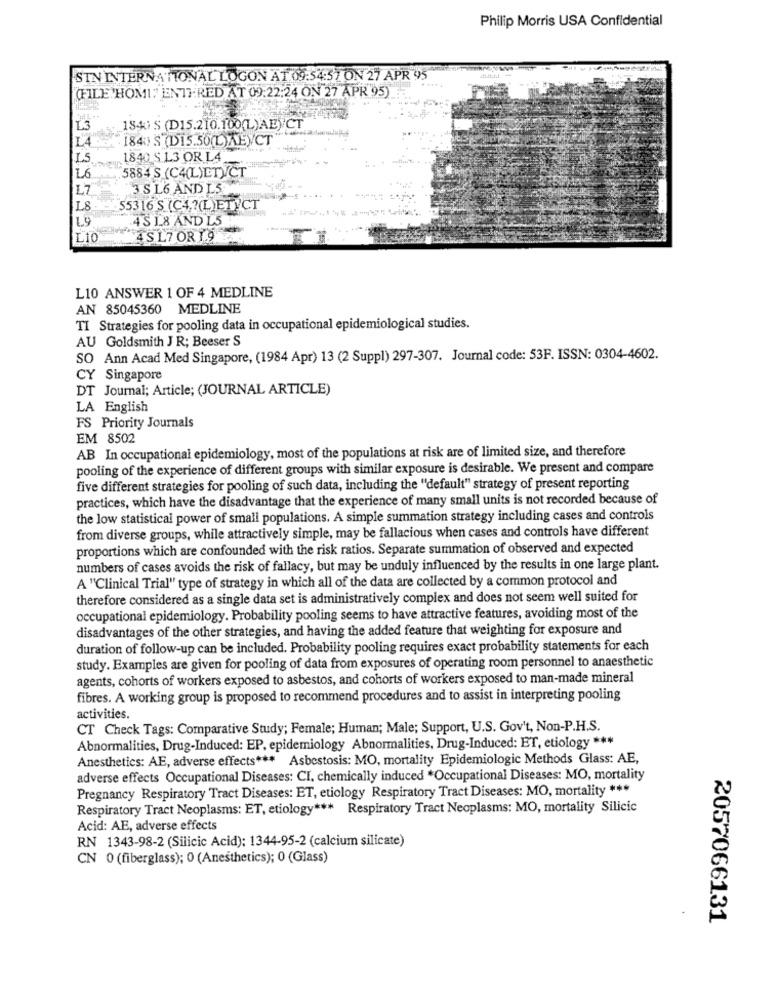
Philip Morris USA Confidential
STN INTERNATIONAL LOGON AT 09:54:57 ON 27 APR 95
(FILE HOMI:" ENTERED AT 09:22:24 ON 27 APR 95)
L3
1840 $ (D15.210.100(L)AE)CT
1840 S (D15.50(L)AE)CT
LS
1840 S.1.3 OR L4
-
5884 S (C4(L)ETVCT
L6
L7
3 SL6 AND L5
L8
55316 S (C4?(L)ET CT
4 S 1 8 AND L5
L9
L10
4SL7 OR 1 9
L10 ANSWER 1 OF 4 MEDLINE
AN 85045360 MEDLINE
TI Strategies for pooling data in occupational epidemiological studies.
AU Goldsmith J R; Beeser S
SO Ann Acad Med Singapore, (1984 Apr) 13 (2 Suppl) 297-307. Journal code: 53F. ISSN: 0304-4602.
CY Singapore
DT Journal; Article; (JOURNAL ARTICLE)
LA English
FS Priority Journals
EM 8502
AB In occupational epidemiology, most of the populations at risk are of limited size, and therefore
pooling of the experience of different groups with similar exposure is desirable. We present and compare
five different strategies for pooling of such data, including the "default" strategy of present reporting
practices, which have the disadvantage that the experience of many small units is not recorded because of
the low statistical power of small populations. A simple summation strategy including cases and controls
from diverse groups, while attractively simple, may be fallacious when cases and controls have different
proportions which are confounded with the risk ratios. Separate summation of observed and expected
numbers of cases avoids the risk of fallacy, but may be unduly influenced by the results in one large plant.
A "Clinical Trial" type of strategy in which all of the data are collected by a common protocol and
therefore considered as a single data set is administratively complex and does not seem well suited for
occupational epidemiology. Probability pooling seems to have attractive features, avoiding most of the
disadvantages of the other strategies, and having the added feature that weighting for exposure and
duration of follow-up can be included. Probability pooling requires exact probability statements for each
study. Examples are given for pooling of data from exposures of operating room personnel to anaesthetic
agents, cohorts of workers exposed to asbestos, and cohorts of workers exposed to man-made mineral
fibres. A working group is proposed to recommend procedures and to assist in interpreting pooling
activities.
CT Check Tags: Comparative Study; Female; Human; Male; Support, U.S. Gov't, Non-P.H.S.
Abnormalities, Drug-Induced: EP, epidemiology Abnormalities, Drug-Induced: ET, etiology ***
Anesthetics: AE, adverse effects *** Asbestosis: MO, mortality Epidemiologic Methods Glass: AE,
adverse effects Occupational Diseases: CI, chemically induced *Occupational Diseases: MO, mortality
Pregnancy Respiratory Tract Diseases: ET, etiology Respiratory Tract Diseases: MO, mortality ***
Respiratory Tract Neoplasms: ET, etiology *** Respiratory Tract Neoplasms: MO, mortality Silicic
Acid: AE, adverse effects
RN 1343-98-2 (Silicic Acid): 1344-95-2 (calcium silicate)
CN 0 (fiberglass); 0 (Anesthetics); 0 (Glass)
2057066131